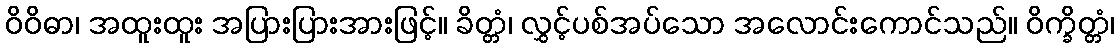
ဝိဝိဓာ၊ အထူးထူး အပြားပြားအားဖြင့်။ ခိတ္တံ၊ လွှင့်ပစ်အပ်သော အလောင်းကောင်သည်။ ဝိက္ခိတ္တံ၊